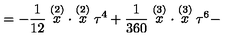
= - \frac 1 { 1 2 } \stackrel { ( 2 ) } { x } \cdot \stackrel { ( 2 ) } { x } \tau ^ { 4 } + \frac 1 { 3 6 0 } \stackrel { ( 3 ) } { x } \cdot \stackrel { ( 3 ) } { x } \tau ^ { 6 } -